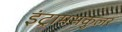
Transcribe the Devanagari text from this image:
इंट्रामसकुलर